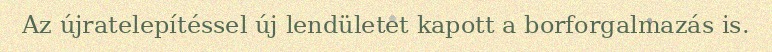
Az újratelepítéssel új lendületet kapott a borforgalmazás is.